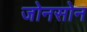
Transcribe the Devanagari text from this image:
जोनसोन